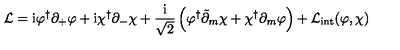
{ \cal L } = \mathrm { i } \varphi ^ { \dagger } \partial _ { + } \varphi + \mathrm { i } \chi ^ { \dagger } \partial _ { - } \chi + \frac { \mathrm { i } } { \sqrt { 2 } } \left( \varphi ^ { \dagger } \tilde { \partial } _ { m } \chi + \chi ^ { \dagger } \partial _ { m } \varphi \right) + { \cal L } _ { \mathrm { i n t } } ( \varphi , \chi )